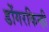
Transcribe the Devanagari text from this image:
डोंगरकिन्ही